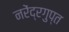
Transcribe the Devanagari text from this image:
नरेंद्रगुप्त